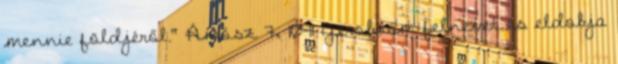
mennie földjéről." Ámósz 7, 10-11 Jeroboám felnevet és eldobja